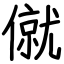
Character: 僦